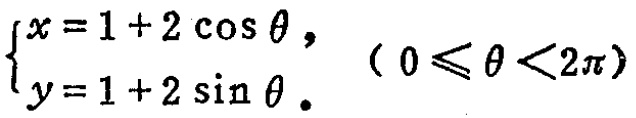
\(\begin{cases}x = 1 + 2\cos\theta,\\y = 1 + 2\sin\theta.\end{cases}(0\leqslant\theta<2\pi)\)